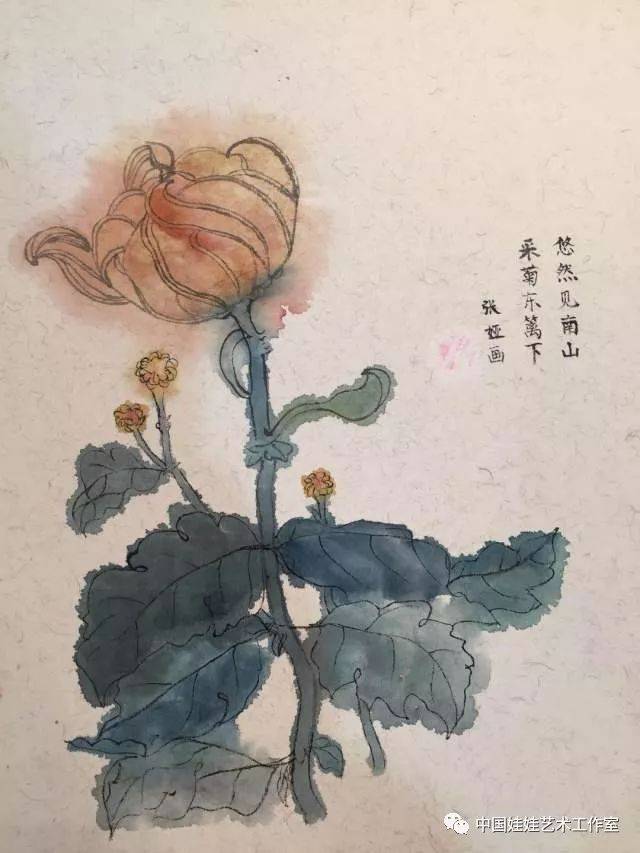
是节东篱菊，纷披为谁秀。